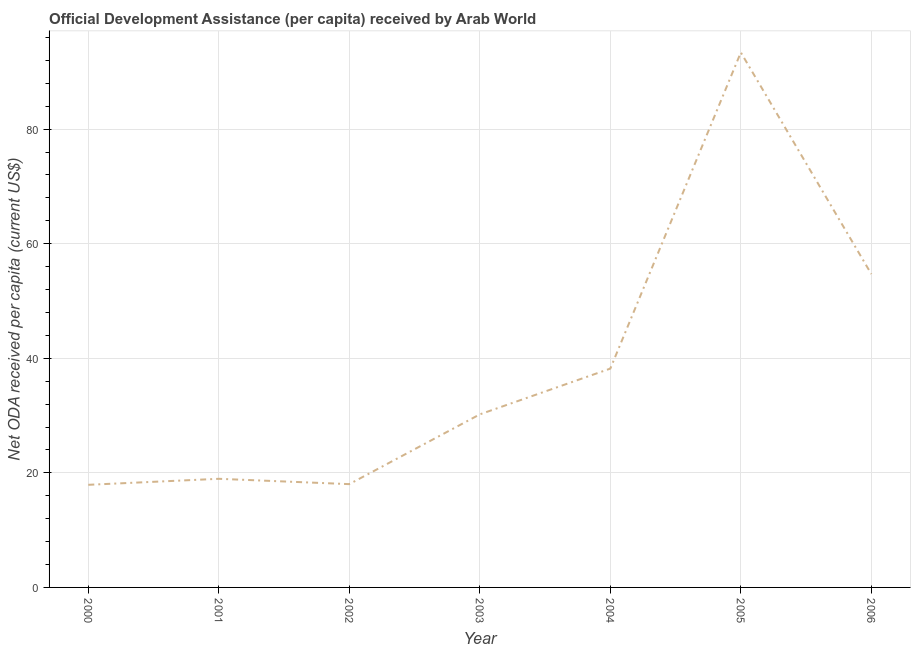
| Year | Net ODA received per capita |
 | --- | --- |
 | 2000 | 17.9 |
 | 2001 | 19 |
 | 2002 | 18 |
 | 2003 | 30.2 |
 | 2004 | 38.2 |
 | 2005 | 93.4 |
 | 2006 | 54.7 |